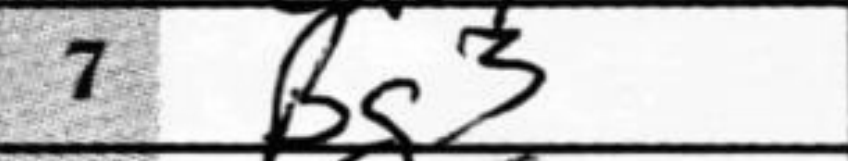
Transcription: Bg3